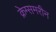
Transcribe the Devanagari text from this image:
क्रेग्समरीन